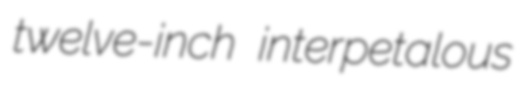
twelve-inch interpetalous